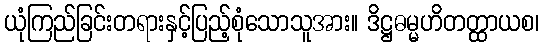
ယုံကြည်ခြင်းတရားနှင့်ပြည့်စုံသောသူအား။ ဒိဋ္ဌဓမ္မဟိတတ္ထာယစ၊